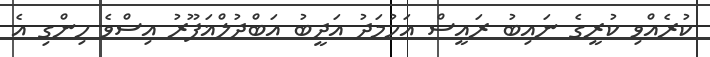
ކުރެއްވި ކުރީގެ ނައިބު ރައީސް އަހުމަދު އަދީބު އަބްދުލްޣަފޫރު އިސްވެ ހިންގި އެ